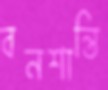
বনশান্তি